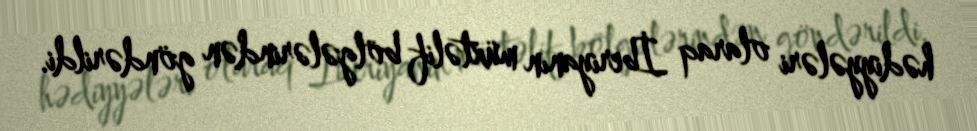
hədiyyələri olaraq İberiyanın müxtəlif bölgələrindən göndərildi.